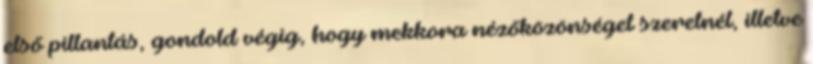
első pillantás, gondold végig, hogy mekkora nézőközönséget szeretnél, illetve